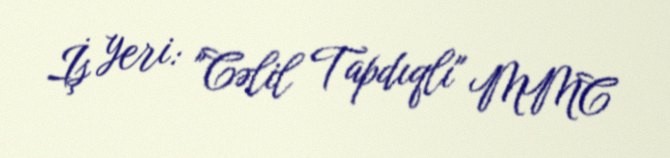
İş yeri: "Cəlil Tapdıqlı" MMC